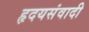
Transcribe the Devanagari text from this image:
हृदयसंवादी